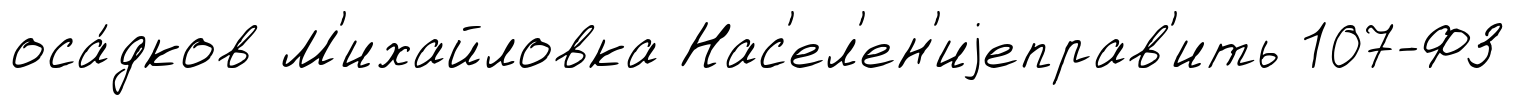
оса́дков М'ихайловка Нас'ел'ен'иjеправ'ить 107-ФЗ